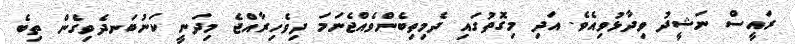
ރައީސް ނަޝީދު ވިދާޅުވިއެވެ. އަދި މިގޮތުގައި ދެމިތިބެންވެއްޖެނަމަ ދިވެހިރާއްޖެ މިދަނީ ކަނުބަނދެވިގެން ތިބެ